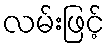
လမ်းဖြင့်